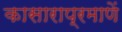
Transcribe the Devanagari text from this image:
कासाराप्रमाणें